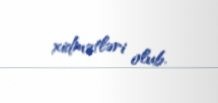
xidmətləri olub.